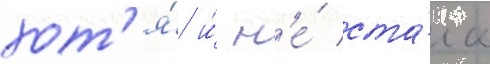
хот'я́ и́ н'е́ ста́ла